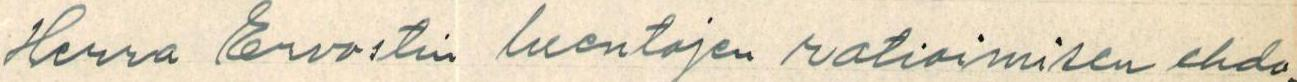
Herra Ervastin luentojen ratioimisen ehdo-